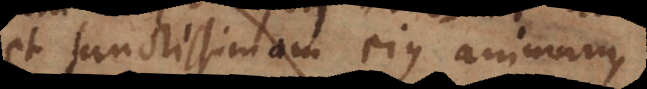
et sanctissimam ejus animam,